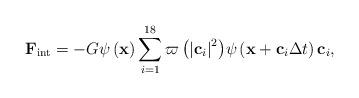
LaTeX: \begin{align*}{{\bf{F}}_{{\mathop{\rm int}} }} = - G\psi \left( {\bf{x}} \right)\sum\limits_{i = 1}^{18} {\varpi \left( {{{\left| {{{\bf{c}}_i}} \right|}^2}} \right)} \psi \left( {{\bf{x}} + {{\bf{c}}_i}\Delta t} \right){{\bf{c}}_i},\end{align*}